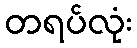
တရပ်လုံး